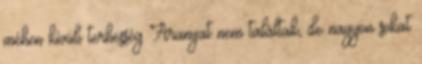
méhen kívüli terhesség Aranyat nem találtak, de nagyon sokat